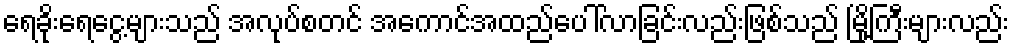
ရေခိုးရေငွေ့များသည် အလုပ်စတင် အကောင်အထည်ပေါ်လာခြင်းလည်းဖြစ်သည် မြို့ကြီးများလည်း